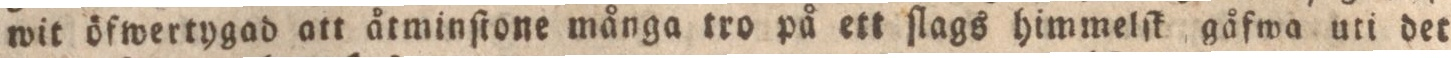
wit öfwertygad att åtminſtone många tro på ett ſlags himmelſk gåfwa uti det